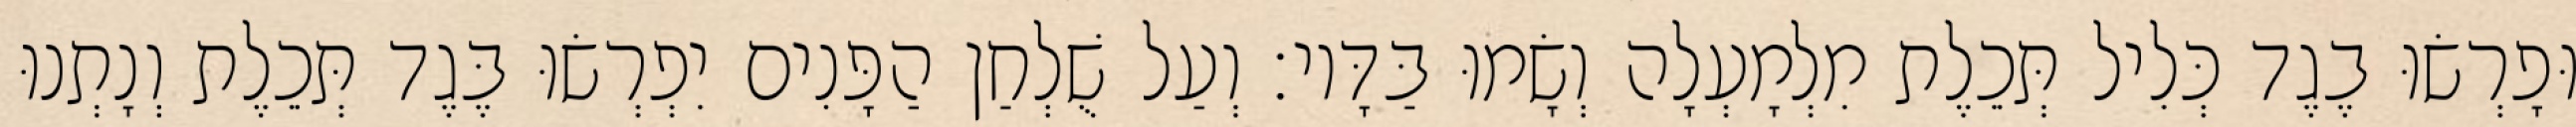
וּפָרְשׂוּ בֶגֶד כְּלִיל תְּכֵלֶת מִלְמָעְלָה וְשָׂמוּ בַּדָּיו׃ וְעַל שֻׁלְחַן הַפָּנִים יִפְרְשׂוּ בֶּגֶד תְּכֵלֶת וְנָתְנוּ